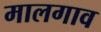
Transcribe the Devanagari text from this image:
मालगाव